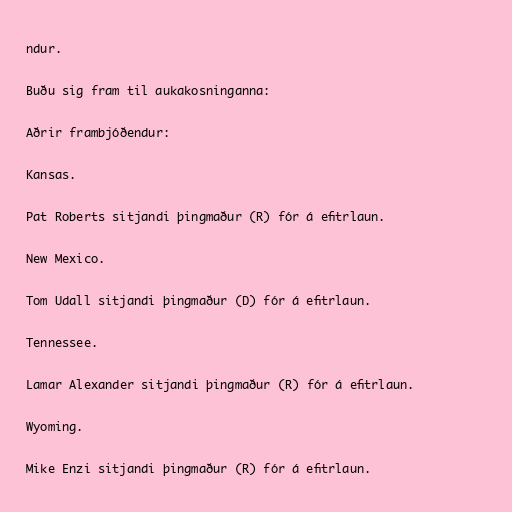
ndur.

Buðu sig fram til aukakosninganna:

Aðrir frambjóðendur:

Kansas.

Pat Roberts sitjandi þingmaður (R) fór á efitrlaun.

New Mexico.

Tom Udall sitjandi þingmaður (D) fór á efitrlaun.

Tennessee.

Lamar Alexander sitjandi þingmaður (R) fór á efitrlaun.

Wyoming.

Mike Enzi sitjandi þingmaður (R) fór á efitrlaun.